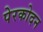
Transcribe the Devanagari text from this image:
पेरकोदन